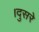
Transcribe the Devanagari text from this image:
।दुसरे